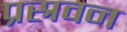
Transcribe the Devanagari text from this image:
प्रस्रवन